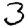
Digit: 3